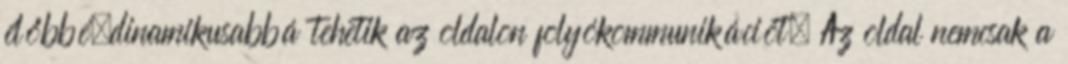
élőbbé,dinamikusabbá tehetik az oldalon folyókommunikációt. Az oldal nemcsak a